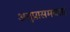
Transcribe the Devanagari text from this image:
अनुप्रासमयता